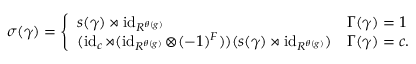
\begin{array} { r } { \sigma ( \gamma ) = \left\{ \begin{array} { l l } { s ( \gamma ) \rtimes \operatorname { i d } _ { R ^ { \theta ( g ) } } } & { \Gamma ( \gamma ) = 1 } \\ { ( \operatorname { i d } _ { c } \rtimes ( \operatorname { i d } _ { R ^ { \theta ( g ) } } \otimes ( - 1 ) ^ { F } ) ) ( s ( \gamma ) \rtimes \operatorname { i d } _ { R ^ { \theta ( g ) } } ) } & { \Gamma ( \gamma ) = c . } \end{array} \right. } \end{array}